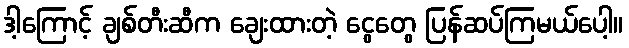
ဒါ့ကြောင့် ချစ်တီးဆီက ချေးထားတဲ့ ငွေတွေ ပြန်ဆပ်ကြမယ်ပေါ့။